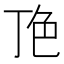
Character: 𬻖